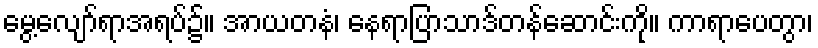
မွေ့လျော်ရာအရပ်၌။ အာယတနံ၊ နေရာပြာသာဒ်တန်ဆောင်းကို။ ကာရာပေတွာ၊